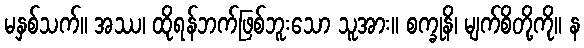
မနှစ်သက်။ အဿ၊ ထိုရန်ဘက်ဖြစ်ဘူးသော သူအား။ စက္ခုနိ၊ မျက်စိတို့ကို။ န